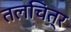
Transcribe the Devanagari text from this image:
तलचित्र